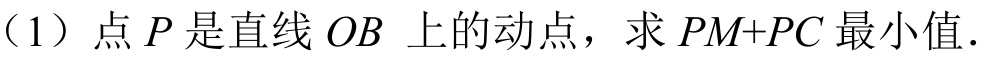
（1）点\(P\)是直线\(OB\)上的动点，求\(PM + PC\)最小值．